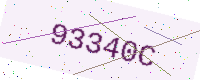
Text: 93340C